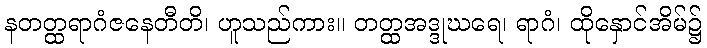
နတတ္ထရာဂံဇနေတီတိ၊ ဟူသည်ကား။ တတ္ထအဒ္ဒုဃရေ၊ ရာဂံ၊ ထိုနှောင်အိမ်၌